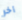
آخر